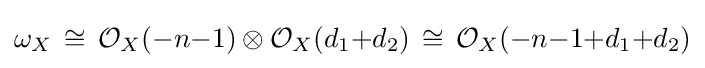
\omega _{X}\,\cong \,{\mathcal {O}}_{X}(-n{-}1)\otimes {\mathcal {O}}_{X}(d_{1}{+}d_{2})\,\cong \,{\mathcal {O}}_{X}(-n{-}1{+}d_{1}{+}d_{2})